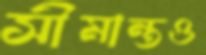
সীমান্তও